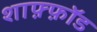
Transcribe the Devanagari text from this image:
शाफ़्फ़ॉड